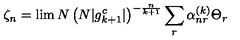
\zeta _ { n } = \lim N \left( N | g _ { k + 1 } ^ { c } | \right) ^ { - \frac { n } { k + 1 } } \sum _ { r } \alpha _ { n r } ^ { ( k ) } \Theta _ { r }